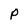
Character: P